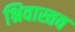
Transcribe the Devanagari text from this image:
श्रिवास्तव